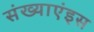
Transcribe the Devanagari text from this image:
संख्याएंइस